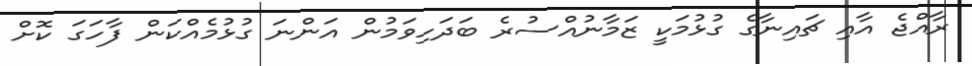
ރާއްޖެ އާއި ޗައިނާގެ ގުޅުމަކީ ޒަމާނުއްސުރެ ބަދަހިވަމުން އަންނަ ގުޅުމެއްކަން ފާހަގަ ކޮށް